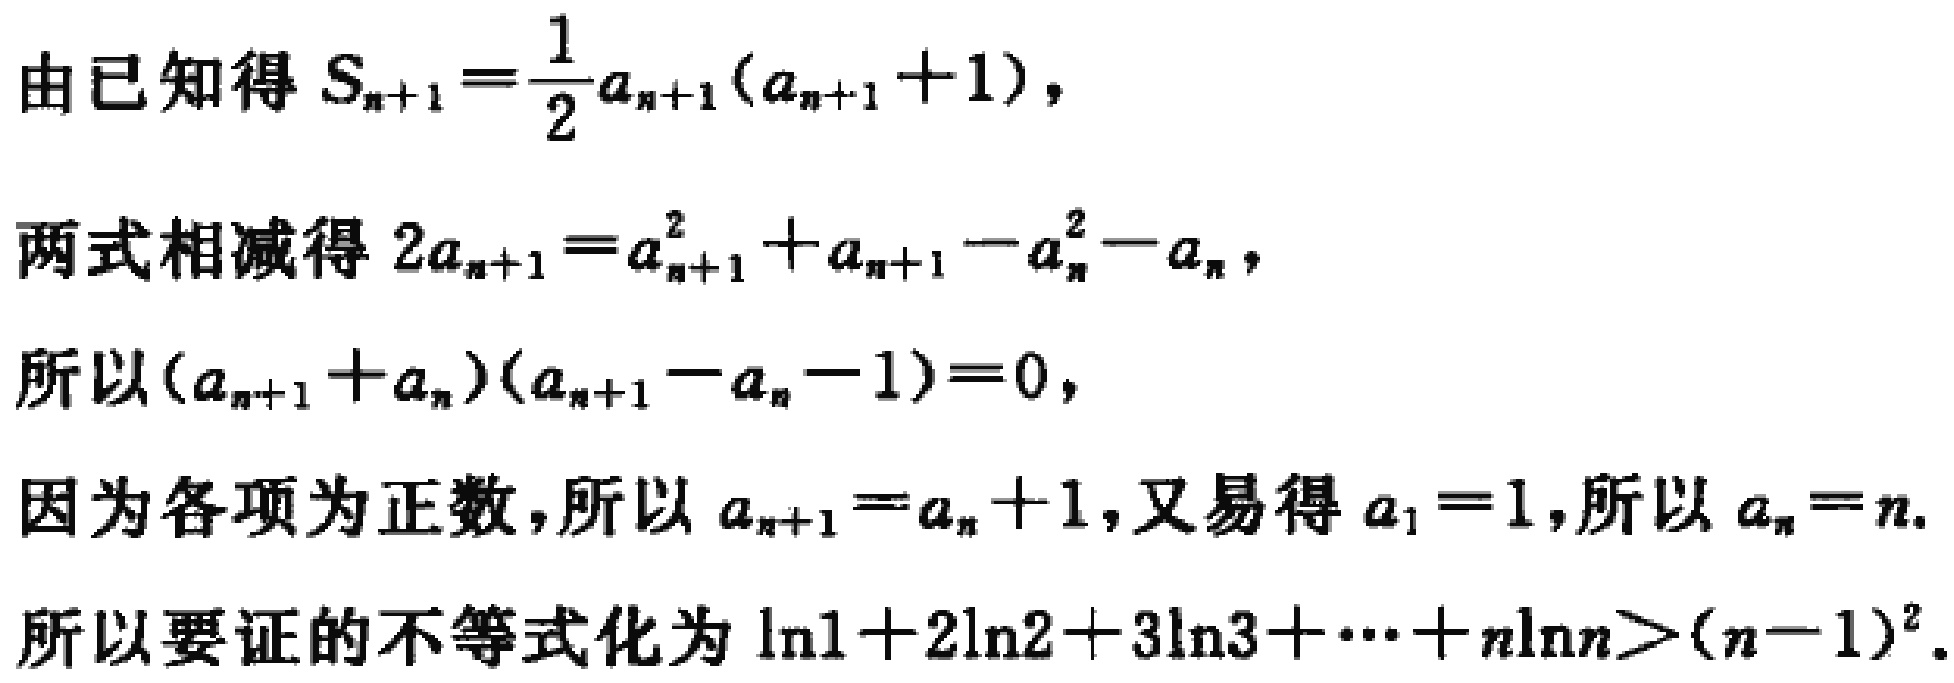
由已知得 \(S_{n + 1}=\frac{1}{2}a_{n + 1}(a_{n + 1}+1)\)，
两式相减得 \(2a_{n + 1}=a_{n + 1}^2+a_{n + 1}-a_{n}^2 - a_{n}\)，
所以 \((a_{n + 1}+a_{n})(a_{n + 1}-a_{n}-1)=0\)，
因为各项为正数，所以 \(a_{n + 1}=a_{n}+1\)，又易得 \(a_{1}=1\)，所以 \(a_{n}=n\)。
所以要证的不等式化为 \(\ln 1 + 2\ln 2+3\ln 3+\cdots + n\ln n>(n - 1)^2\)。